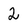
Character: 2